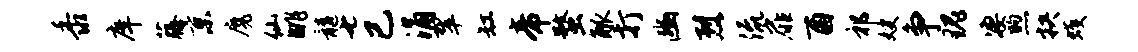
黍庠藤京魔仙眺髓七已涌翠缸帝蝥觚打豳烈流扉酉祁嫂争瑰凄煦抉蠖